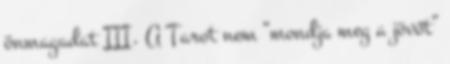
önmagadat III. A Tarot nem “mondja meg a jövőt”